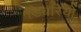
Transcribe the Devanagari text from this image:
डिबरियों